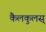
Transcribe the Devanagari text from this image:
कैलकुलस्‌